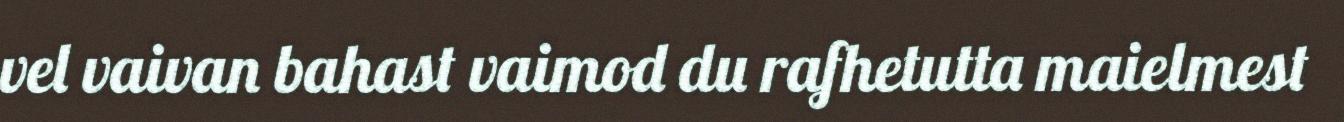
vel vaivan bahast vaimod du rafhetutta maielmest